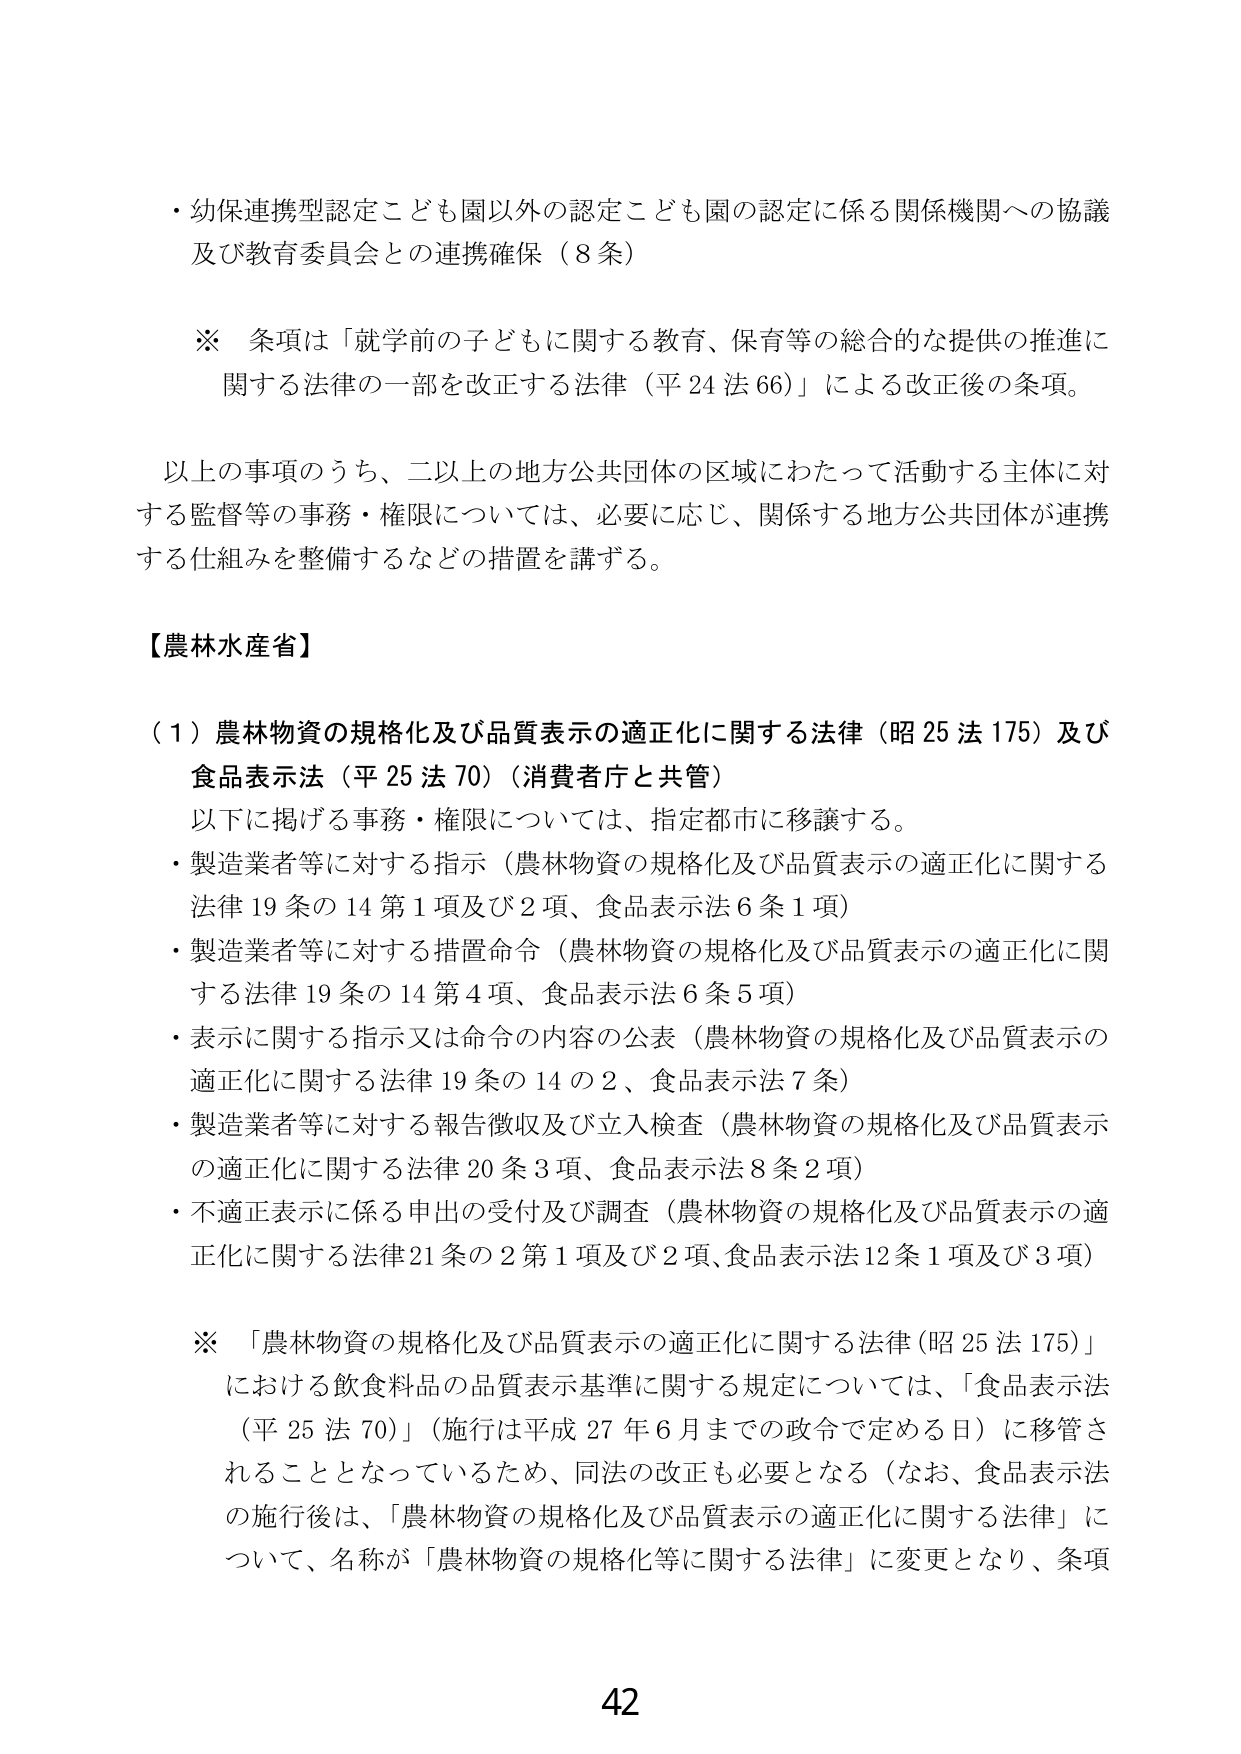
・幼保連携型認定こども園以外の認定こども園の認定に係る関係機関への協議
及び教育委員会との連携確保（8条）

※ 条項は「就学前の子どもに関する教育、保育等の総合的な提供の推進に
関する法律の一部を改正する法律（平24法66）」による改正後の条項。

以上の事項のうち、二以上の地方公共団体の区域にわたって活動する主体に対
する監督等の事務・権限については、必要に応じ、関係する地方公共団体が連携
する仕組みを整備するなどの措置を講ずる。

【農林水産省】

（1）農林物資の規格化及び品質表示の適正化に関する法律（昭25法175）及び
食品表示法（平25法70）（消費者庁と共管）
以下に掲げる事務・権限については、指定都市に移譲する。
・製造業者等に対する指示（農林物資の規格化及び品質表示の適正化に関する
法律19条の14第1項及び2項、食品表示法6条1項）
・製造業者等に対する措置命令（農林物資の規格化及び品質表示の適正化に関
する法律19条の14第4項、食品表示法6条5項）
・表示に関する指示又は命令の内容の公表（農林物資の規格化及び品質表示の
適正化に関する法律19条の14の2、食品表示法7条）
・製造業者等に対する報告徴収及び立入検査（農林物資の規格化及び品質表示
の適正化に関する法律20条3項、食品表示法8条2項）
・不適正表示に係る申出の受付及び調査（農林物資の規格化及び品質表示の適
正化に関する法律21条の2第1項及び2項、食品表示法12条1項及び3項）

※ 「農林物資の規格化及び品質表示の適正化に関する法律（昭25法175）」
における飲食料品の品質表示基準に関する規定については、「食品表示法
（平25法70）」（施行は平成27年6月までの政令で定める日）に移管さ
れることとなっているため、同法の改正も必要となる（なお、食品表示法
の施行後は、「農林物資の規格化及び品質表示の適正化に関する法律」に
ついて、名称が「農林物資の規格化等に関する法律」に変更となり、条項

42